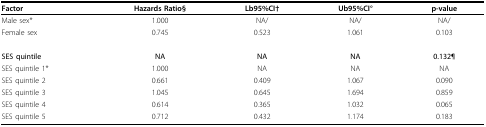
<table><thead><tr><td><b>Factor</b></td><td><b>Hazards Ratio§</b></td><td><b>Lb95%CI†</b></td><td><b>Ub95%CI°</b></td><td><b>p-value</b></td></tr></thead><tbody><tr><td>Male sex*</td><td>1.000</td><td>NA/</td><td>NA/</td><td>NA/</td></tr><tr><td>Female sex</td><td>0.745</td><td>0.523</td><td>1.061</td><td>0.103</td></tr><tr><td><b>SES quintile</b></td><td><b>NA</b></td><td><b>NA</b></td><td><b>NA</b></td><td><b>0.132¶</b></td></tr><tr><td>SES quintile 1*</td><td>1.000</td><td>NA</td><td>NA</td><td>NA</td></tr><tr><td>SES quintile 2</td><td>0.661</td><td>0.409</td><td>1.067</td><td>0.090</td></tr><tr><td>SES quintile 3</td><td>1.045</td><td>0.645</td><td>1.694</td><td>0.859</td></tr><tr><td>SES quintile 4</td><td>0.614</td><td>0.365</td><td>1.032</td><td>0.065</td></tr><tr><td>SES quintile 5</td><td>0.712</td><td>0.432</td><td>1.174</td><td>0.183</td></tr></tbody></table>